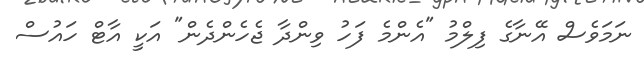
ނަމަވެސް އޭނާގެ ފިލްމު "އެންމެ ފަހު ވިންދާ ޖެހެންދެން" އަކީ އާޓް ހައުސް